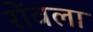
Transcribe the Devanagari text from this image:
रोंवला